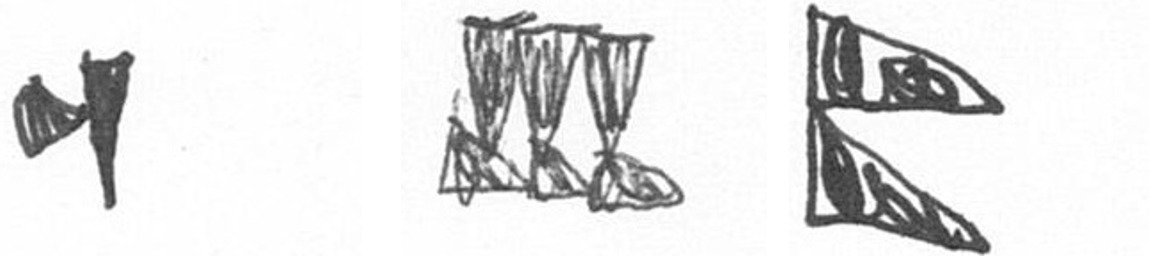
M D P